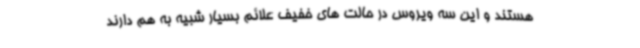
هستند و این سه ویروس در حالت های خفیف علائم بسیار شبیه به هم دارند